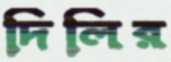
দিলির